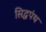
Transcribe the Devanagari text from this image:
सिद्धपंथ